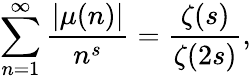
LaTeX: \sum_{n=1}^{\infty}{\frac{|\mu(n)|}{n^{s}}}={\frac{\zeta(s)}{\zeta(2s)}},